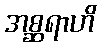
အစ္ဆရာဟိ